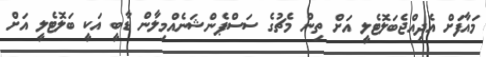
މައާފަށް އެދިއްޖެބަލޮޓެލީ އަށް ތިން މެޗުގެ ސަސްޕެންޝަނެއްމިލާން ޑާބީ އަކީ ބަލޮޓެލީ އަށް